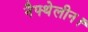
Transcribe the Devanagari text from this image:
नैफ्थेलीन।